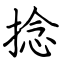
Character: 捻